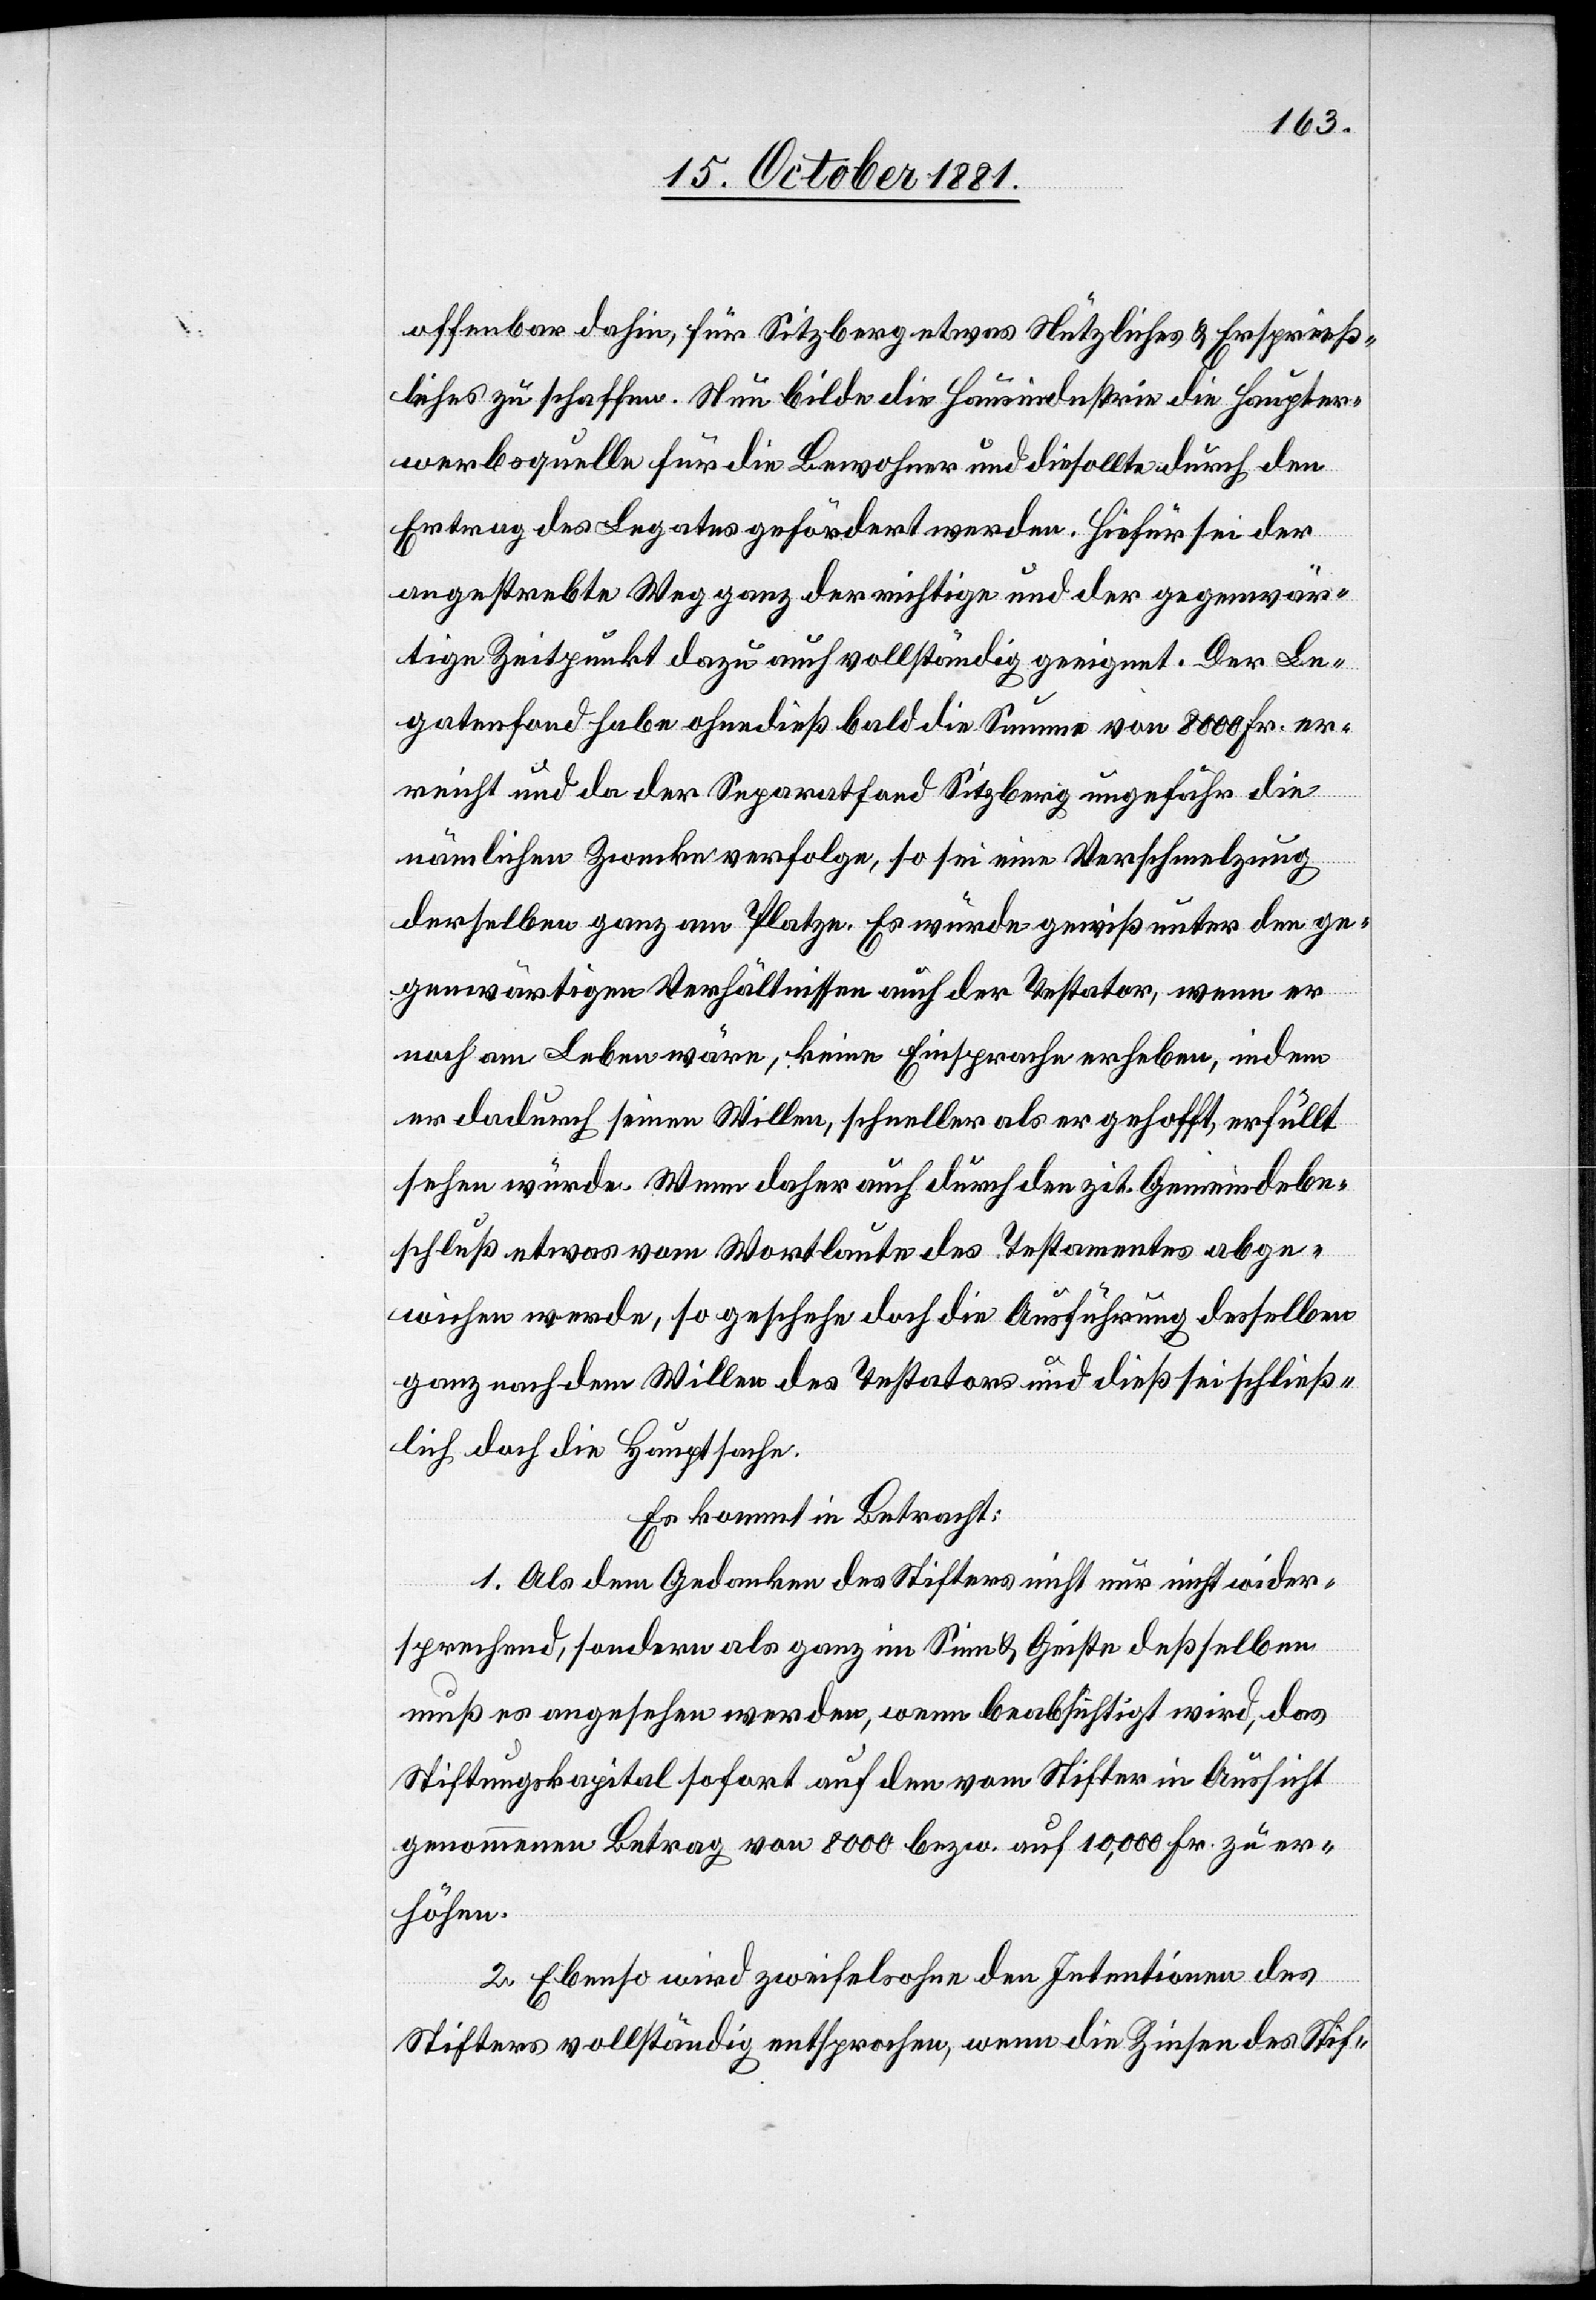
offenbar dahin, für Sitzberg etwas Nützliches & Ersprieß¬
liches zu schaffen. Nun bilde die Hausindustrie die Haupter¬
werbsquelle für die Bewohner und dies sollte durch den
Ertrag des Legates gefördert werden. Hiefür sei der
angestrebte Weg ganz der richtige und der gegenwär¬
tige Zeitpunkt dazu auch vollständig geeignet. Der Le¬
gatenfond habe ohnedieß bald die Summe von 8000 Fr. er¬
reicht und da der Separatfond Sitzberg ungefähr die
nämlichen Zwecke erfolge, so sei eine Verschmelzung
derselben ganz am Platze. Es würden gewiß unter den ge¬
genwärtigen Verhältnissen auch der Testator, wenn er
noch am Leben wäre, keine Einsprache erheben, indem
er dadurch seinen Willen, schneller als er gehofft, erfüllt
sehen würde. Wenn daher auch durch den zit. Gemeindebe¬
schluß etwas vom Wortlaute des Testamentes abge¬
wichen werde, so geschehe doch die Ausführung desselben
ganz nach dem Willen des Testators und dieß sei schließ¬
lich doch die Hauptsache.
Es kommt in Betracht:
1. Als dem Gedanken des Stifters nicht nur nicht wider¬
sprechend, sondern als ganz im Sinn & Geiste deßselben
muß es angesehen werden, wenn beabsichtigt wird, das
Stiftungskapital sofort auf den vom Stifter in Aussicht
genommenen Betrag von 8000 bezw. auf 10 000 Fr. zu er¬
höhen.
2. Ebenso wird zweifelsohne den Intentionen des
Stifters vollständig entsprochen, wenn die Zinsen des Stif-